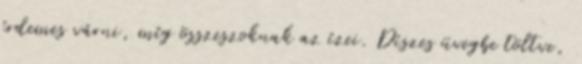
érdemes várni, míg összeszoknak az ízei. Díszes üvegbe töltve,